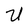
Character: U